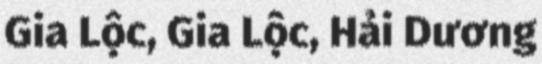
Gia Lộc, Gia Lộc, Hải Dương